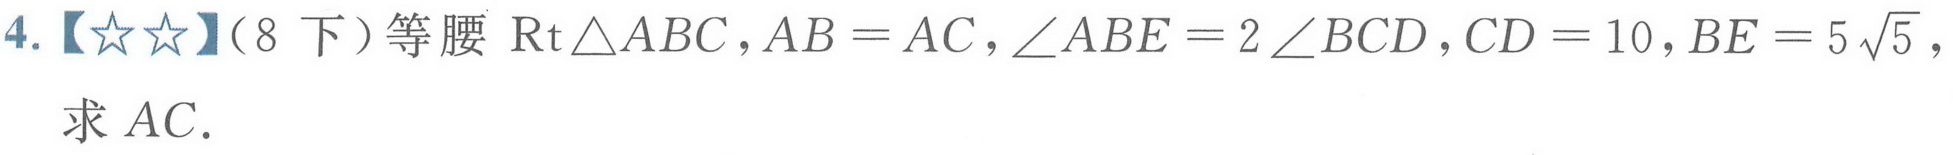
4.【★★】（8下）等腰$\text{Rt}\triangle ABC，AB = AC，\angle ABE = 2\angle BCD，CD = 10，BE = 5\sqrt{5}$，求$AC.$